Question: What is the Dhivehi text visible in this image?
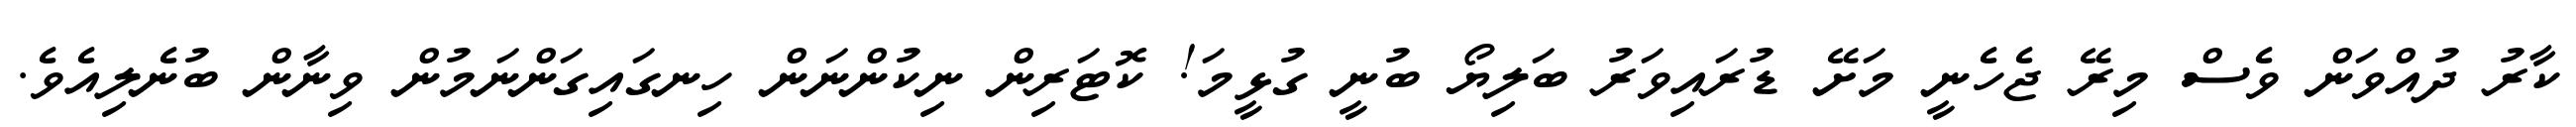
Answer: ކާރު ދުއްވަން ވެސް މިރޭ ޖެހެނީ މަށޭ ޑުރައިވަރު ބަލިޔޯ ބުނީ ގުޅީމަ! ކޮޓަރިން ނިކުންނަން ހިނގައިގަންނަމުން ވިނާން ބުނެލިއެވެ.